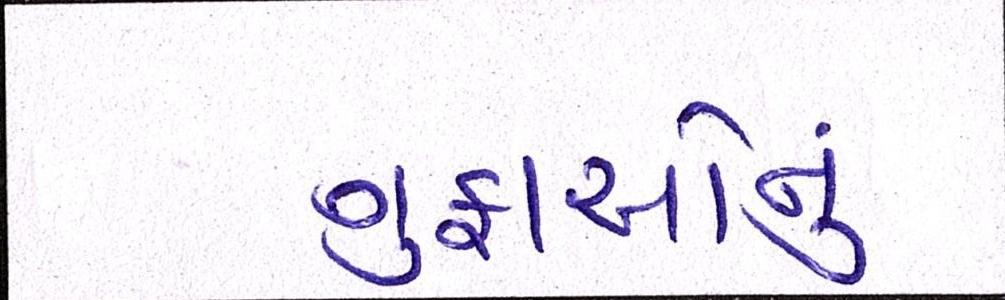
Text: ગુફાઓનું